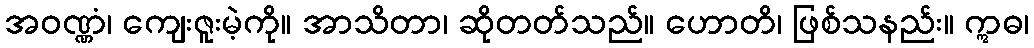
အဝဏ္ဏံ၊ ကျေးဇူးမဲ့ကို။ အာသိတာ၊ ဆိုတတ်သည်။ ဟောတိ၊ ဖြစ်သနည်း။ ဣဓ၊